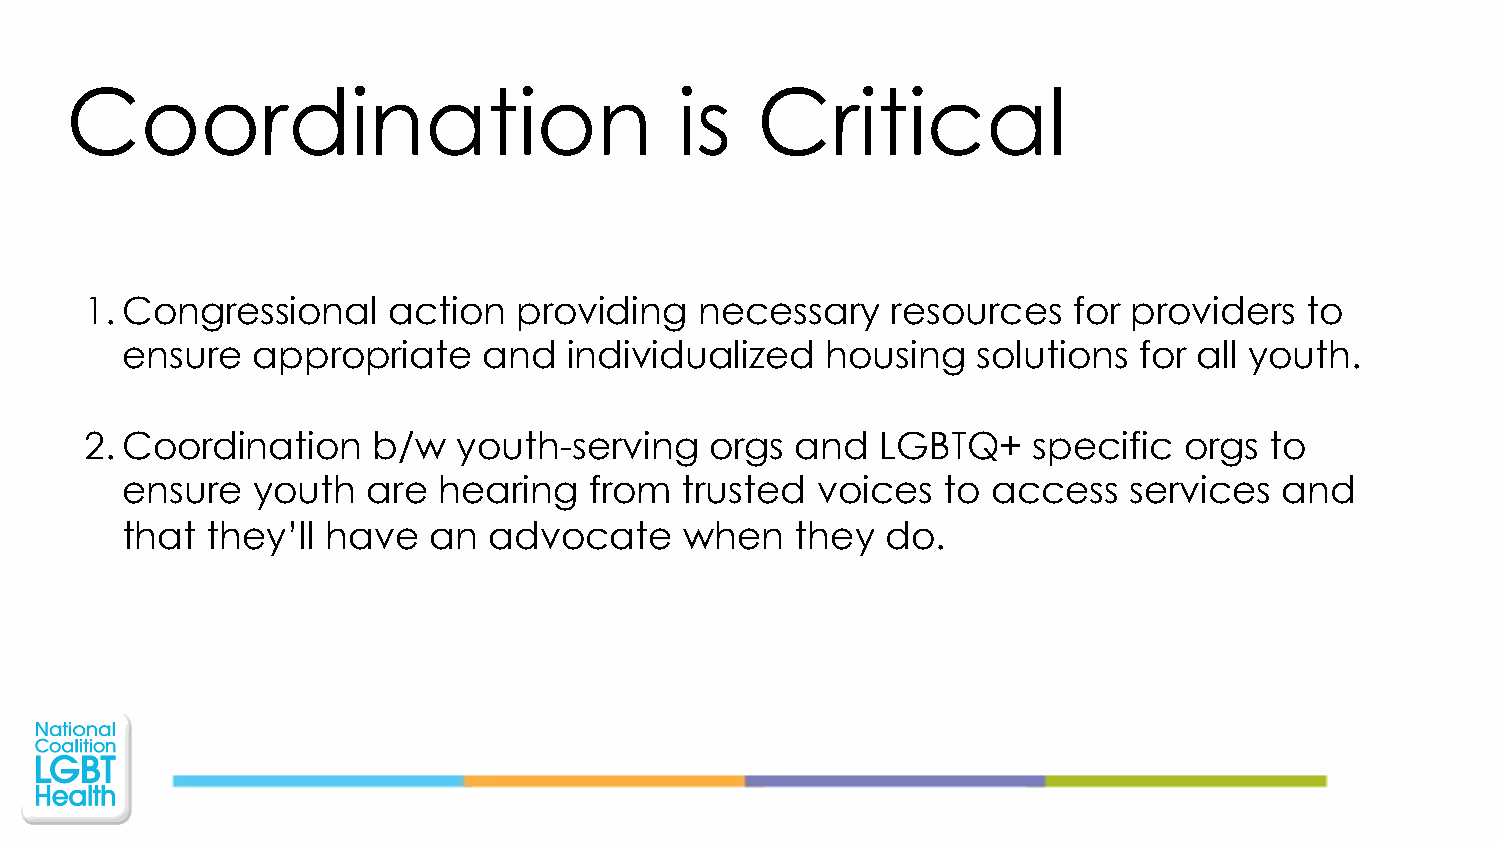
Coordination                             is   Critical
 1. Congressional    action  providing   necessary    resources   for providers   to
 ensure   appropriate    and   individualized   housing   solutions for all youth.
 2. Coordination    b/w  youth-serving    orgs  and  LGBTQ+    specific  orgs  to
 ensure   youth  are  hearing   from  trusted  voices  to  access   services  and
 that  they’ll have  an  advocate     when    they  do.